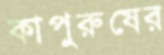
কাপুরুষের